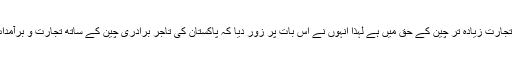
یاؤ جنگ نے کہا کہ چین اور پاکستان کی باہمی تجارت زیادہ تر چین کے حق میں ہے لہذا انہوں نے اس بات پر زور دیا کہ پاکستان کی تاجر برادری چین کے ساتھ تجارت و برآمدات کومزید فروغ دینے کیلئے کوششیں تیز کرے۔